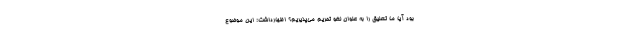
بود آیا ما تعلیق را به عنوان لغو تحریم می‌پذیریم؟ اظهارداشت: این موضوع